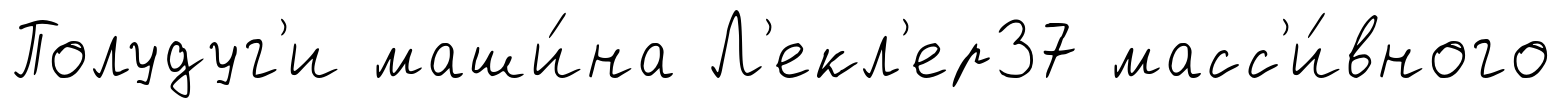
Полудуг'и маши́на Л'екл'ер37 масс'и́вного